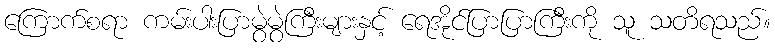
ကြောက်စရာ ကမ်းပါးပြာမွဲမွဲကြီးများနှင့် ရေအိုင်ပြာပြာကြီးကို သူ သတိရသည်။